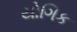
યોગિક